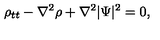
\rho _ { t t } - \nabla ^ { 2 } \rho + \nabla ^ { 2 } | \Psi | ^ { 2 } = 0 ,